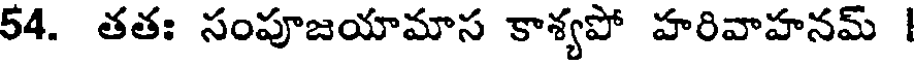
54. తతః సంపూజయామాస కాశ్యపో హరివాహనమ్ |